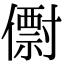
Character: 𠐆